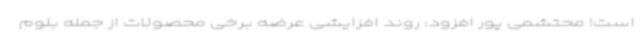
است! محتشمی پور افزود: روند افزایشی عرضه برخی محصولات از جمله بلوم